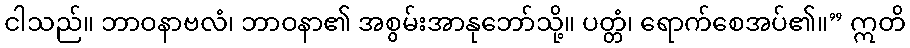
ငါသည်။ ဘာဝနာဗလံ၊ ဘာဝနာ၏ အစွမ်းအာနုဘော်သို့။ ပတ္တံ၊ ရောက်စေအပ်၏။” ဣတိ